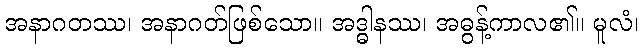
အနာဂတဿ၊ အနာဂတ်ဖြစ်သော။ အဒ္ဓါနဿ၊ အဓွန့်ကာလ၏။ မူလံ၊